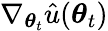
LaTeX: \nabla_{\boldsymbol{\theta}_{t}}\hat{u}(\boldsymbol{\theta}_{t})